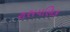
રાસયણિક